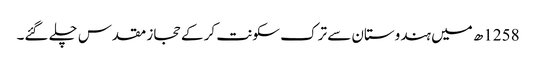
1258ھ میں ہندوستان سے ترک سکونت کر کے حجاز مقدس چلے گئے۔